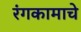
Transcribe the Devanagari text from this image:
रंगकामाचे